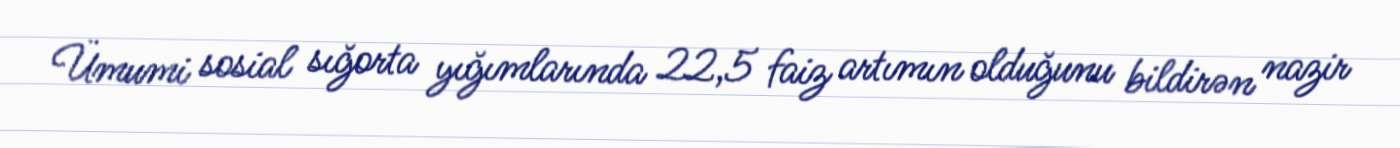
Ümumi sosial sığorta yığımlarında 22,5 faiz artımın olduğunu bildirən nazir